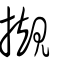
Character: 摫